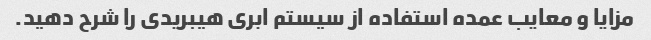
مزایا و معایب عمده استفاده از سیستم ابری هیبریدی را شرح دهید.